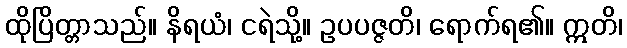
ထိုပြိတ္တာသည်။ နိရယံ၊ ငရဲသို့။ ဥပပဇ္ဇတိ၊ ရောက်ရ၏။ ဣတိ၊